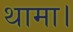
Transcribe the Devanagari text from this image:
थामा।